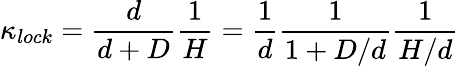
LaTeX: \kappa_{lock}=\frac{d}{d+D}\frac{1}{H}=\frac{1}{d}\frac{1}{1+D/d}\frac{1}{H/d}